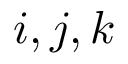
i , j , k